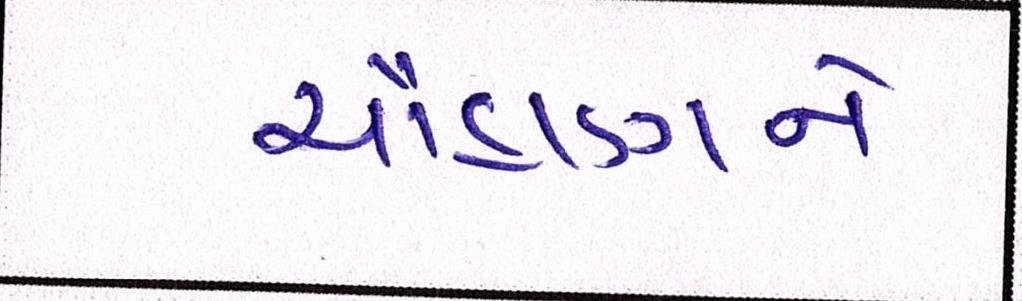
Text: ચૌહાણને